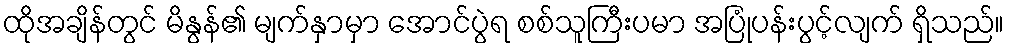
ထိုအချိန်တွင် မိနွန်၏ မျက်နှာမှာ အောင်ပွဲရ စစ်သူကြီးပမာ အပြုံပန်းပွင့်လျက် ရှိသည်။